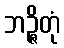
ဘဉ္ဇိတုံ